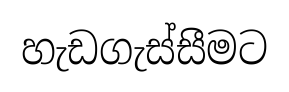
හැඩගැස්සීමට